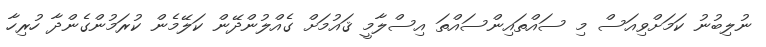
ނުލިބުނު ކަމަށްވިއަސް މި ސައްތައިންސައްތަ އިސްލާމީ ޤައުމަށް ގެއްލުންދޭން ކަލޭމެން ކުރަމުންގެންދާ ހުރިހާ